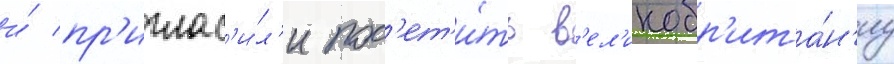
и́ пр'иглас'и́л'и пос'ет'и́ть в'ел'икобр'ита́н'иу